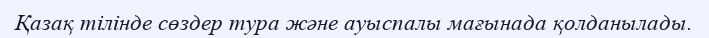
Қазақ тілінде сөздер тура және ауыспалы мағынада қолданылады.